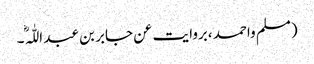
(مسلم واحمد ،بروایت عن جابر بن عبد اللّٰہ ؓ۔